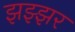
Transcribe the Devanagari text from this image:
झझ्झर